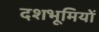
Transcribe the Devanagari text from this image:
दशभूमियों